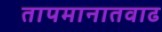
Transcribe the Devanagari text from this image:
तापमानातवाढ